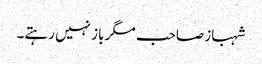
شہباز صاحب مگر باز نہیں رہتے۔